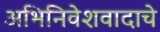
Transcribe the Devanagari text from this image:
अभिनिवेशवादाचे